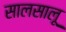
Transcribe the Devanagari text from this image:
सालसालू